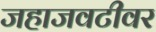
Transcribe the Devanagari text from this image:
जहाजवटीवर